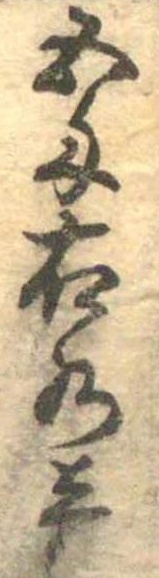
五匁右水壱